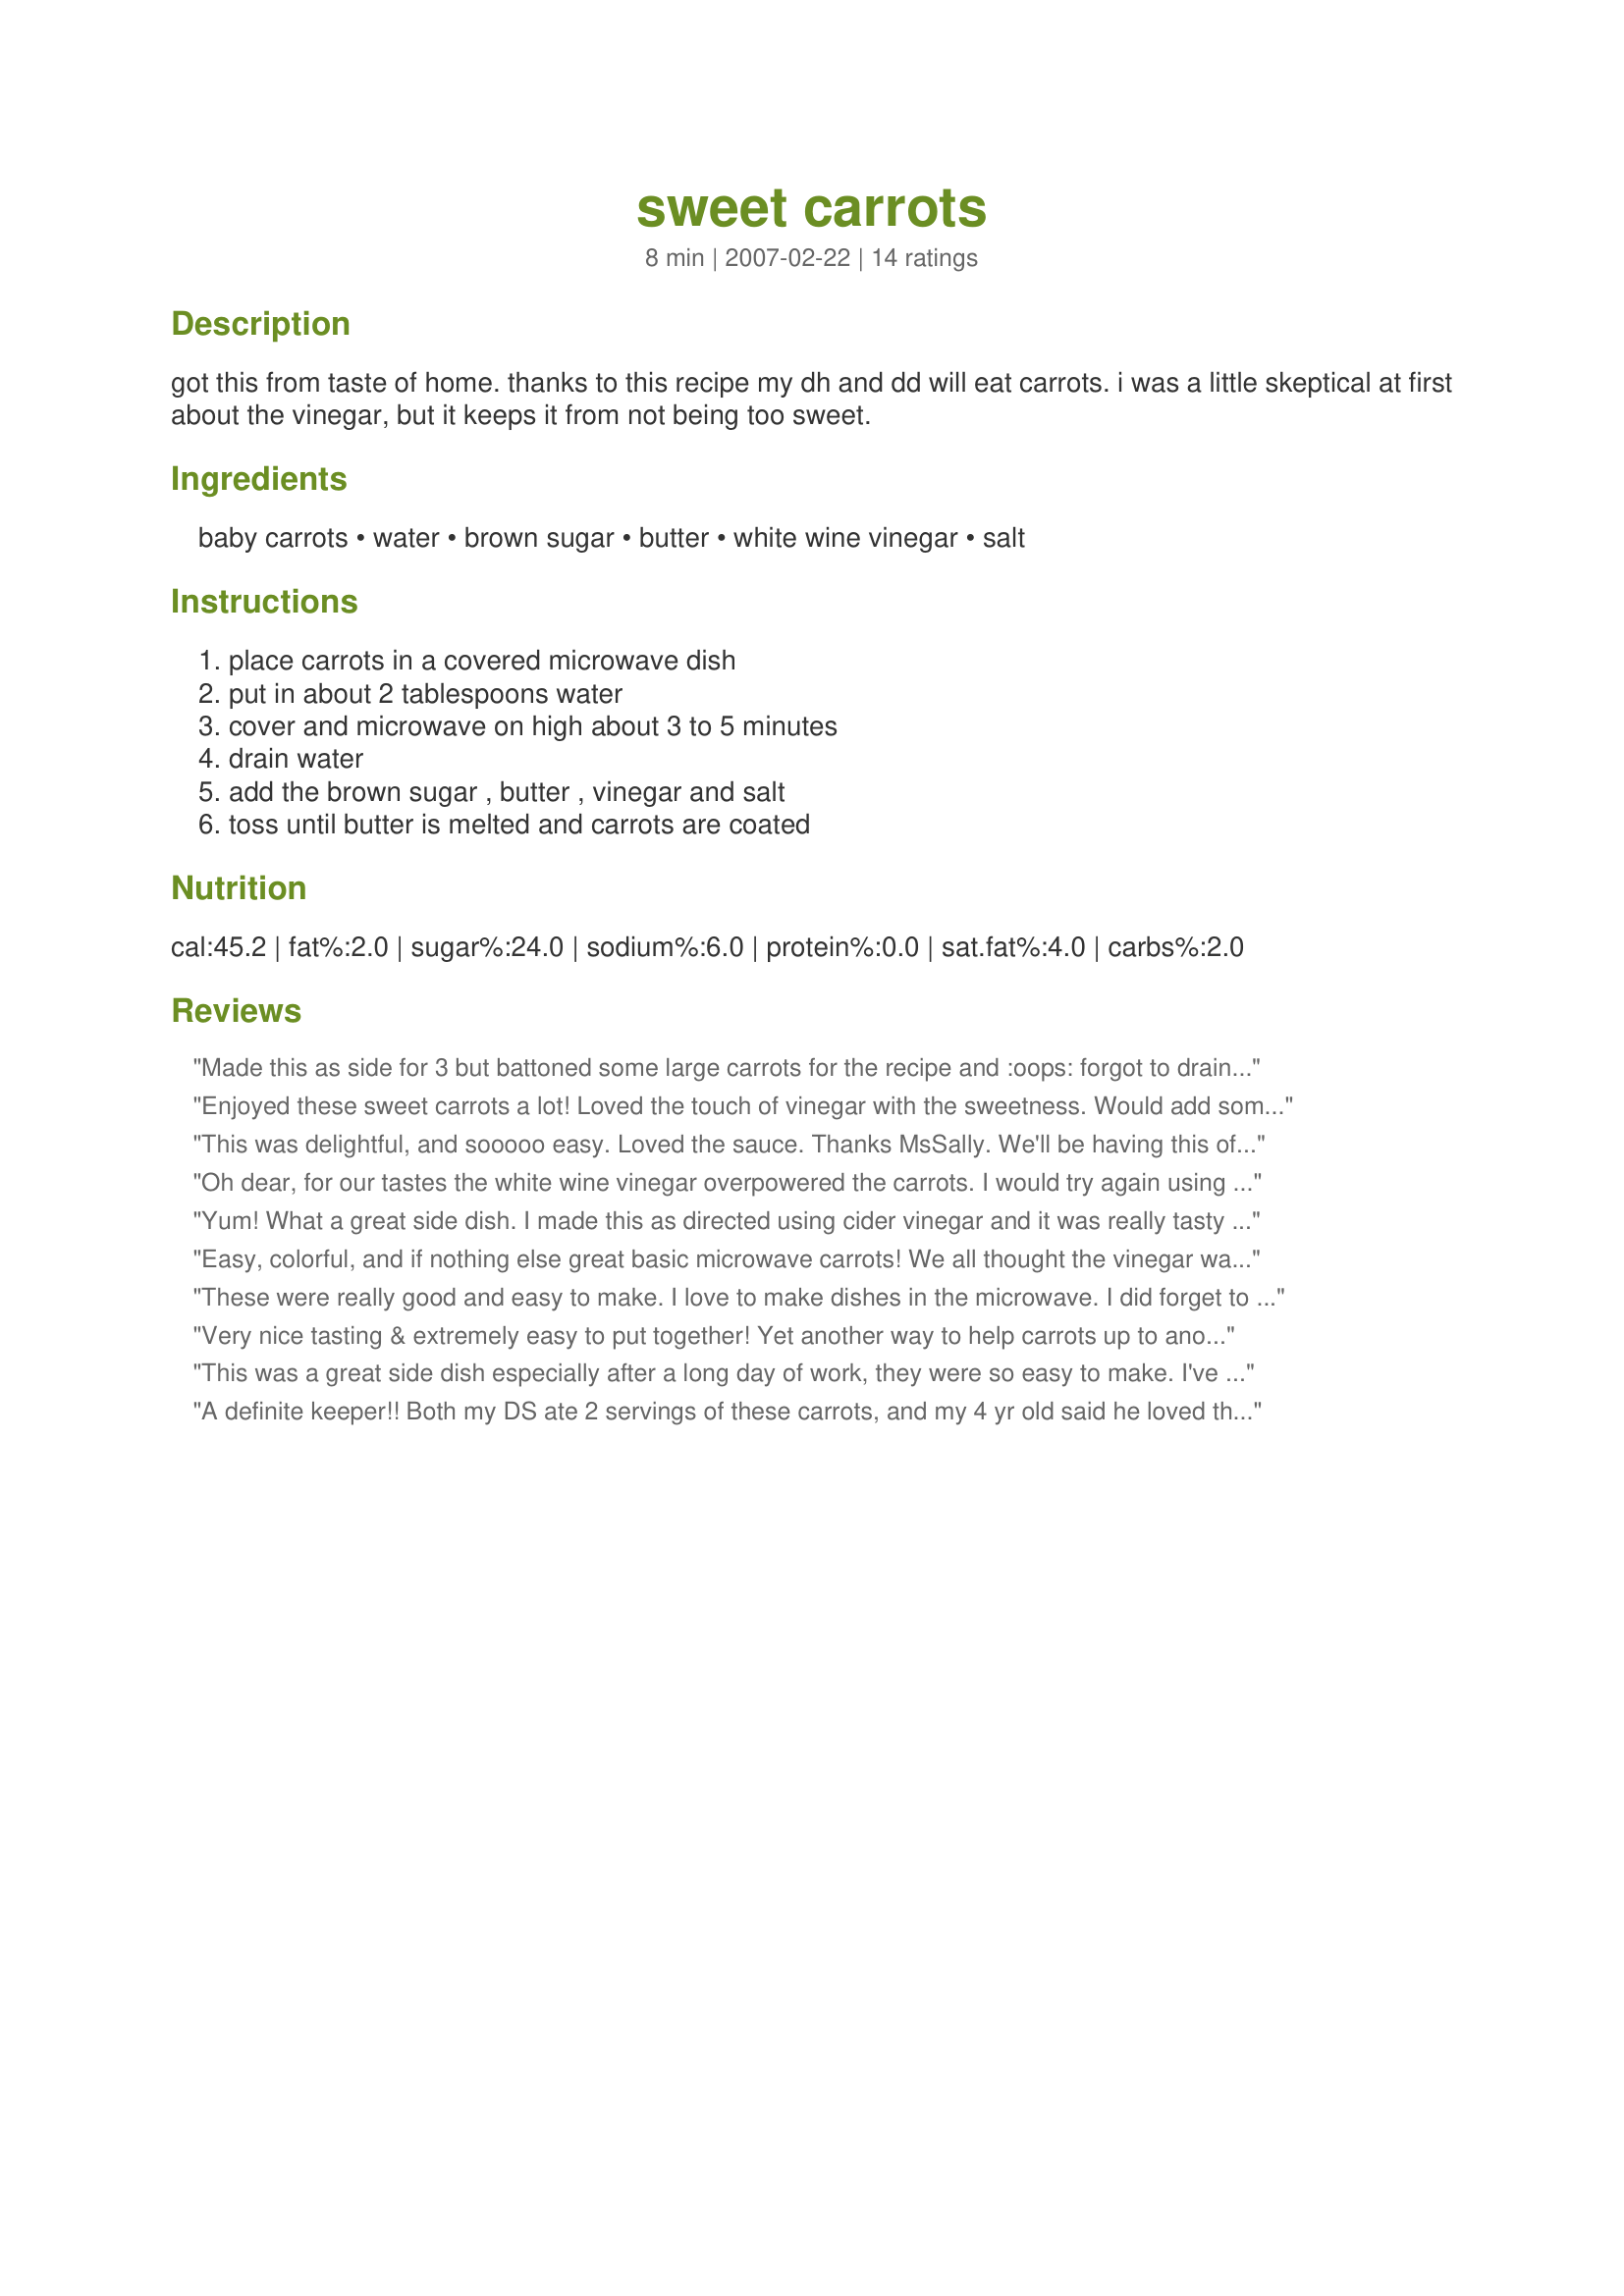
sweet carrots
Preparation time: 8 minutes

got this from taste of home. thanks to this recipe my dh and dd will eat carrots. i was a little skeptical at first about the vinegar, but it keeps it from not being too sweet.

Ingredients:
baby carrots, water, brown sugar, butter, white wine vinegar, salt

Steps:
place carrots in a covered microwave dish, put in about 2 tablespoons water, cover and microwave on high about 3 to 5 minutes, drain water, add the brown sugar , butter , vinegar and salt, toss until butter is melted and carrots are coated

Reviews:
Made this as side for 3 but battoned some large carrots for the recipe and :oops: forgot to drain and added the rest of the ingredients but no big drama as the juices were rather nice drizzled over the carrotsl Thank you MsSally, made for ZAAR Stars tag game.
Enjoyed these sweet carrots a lot! Loved the touch of vinegar with the sweetness. Would add some pepper (because I love pepper!!) next time. Thanks MsSally!
This was delightful, and sooooo easy. Loved the sauce. Thanks MsSally. We'll be having this often.
Oh dear, for our tastes the white wine vinegar overpowered the carrots. I would try again using cider vinegar instead and cutting the amount in half. Thank you for posting MsSally. Made for Potluck Tag, please see my rating system as I rate tougher than most.
Yum! What a great side dish. I made this as directed using cider vinegar and it was really tasty with some lamb chops. Thanks MsSally for sharing. And congrats on your football win!
Easy, colorful, and if nothing else great basic microwave carrots! We all thought the vinegar was too strong, but were divided about whether to cut it back to a few drops or just leave it out. The great part of this is that the components can be set up before you get serious about dinner, and then cooked quickly, with little effort, away from the activity on the stove. Made for Market Tag and served with recipe # 206727, rice, and steamed broccoli.
These were really good and easy to make. I love to make dishes in the microwave. I did forget to add the vinegar (didn't realize it until I sat to write my comments) but everyone liked them even without.
Very nice tasting & extremely easy to put together! Yet another way to help carrots up to another level! It's on my list to make again! Thank you so much!
This was a great side dish especially after a long day of work, they were so easy to make. I've not done carrots in the microwave before, so I had them in for the 5 minutes, which I think was too long for my microwave. I liked the sweetness of the carrots and may increase the vinegar just a little to get more of the tang. DH enjoyed these.
A definite keeper!! Both my DS ate 2 servings of these carrots, and my 4 yr old said he loved them and I can make more tomorrow! DH and I also liked them. I doubled the recipe and ended up using 1 Tbs butter but otherwise made as it. Thanks for a new veggie in our rotation!! Made for Everyday Holiday May 2010.
These were so good MsSally. I used mini carrots and fig balsamic vinegar. We enjoyed the carrots prepared this way, sweet and tangy. Thanks for sharing.
Very pleasant and mildly flavored carrots. The vinegar just adds a slight tanginess to the sweet ness of the sugar. The flavor is very appealing to kids, but I think for adults maybe add some herbs or some other spice to compliment the mild flavor (which I will do next time). Thanx for sharing the recipe!
Delicious! I love it when comfort food can be somewhat healthy at the same time.
So easy and a big success for me and my baby. He wanted more carrots. And I omitted the salt. I used butter. I cooked the carrots 7 minutes at high. Thanks MsSally :) Made for Holiday Tag.
